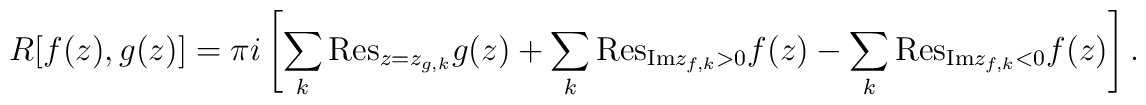
R[f(z),g(z)]=\pi i\left [ \sum_k {\mathrm{Res}}_{z=z_{g,k}}g(z)+\sum_{k}{\mathrm{Res}}_{{\mathrm{Im}}z_{f,k}>0}f(z)-\sum_{k}{\mathrm{Res}}_{{\mathrm{Im}}z_{f,k}<0}f(z)\right ].